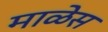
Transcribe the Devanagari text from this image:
माळेस